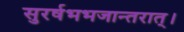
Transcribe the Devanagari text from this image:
सुरर्षभभजान्तरात्।